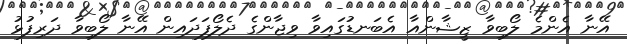
އޭނާ އެންމެ ލޯބިވާ ޒީޝާންއާ އެބަނޑުގައިވާ ވިޖާންގެ ދެލޯފަދައިން އޭނާ ލޯބިވާ ދަރިފުޅު